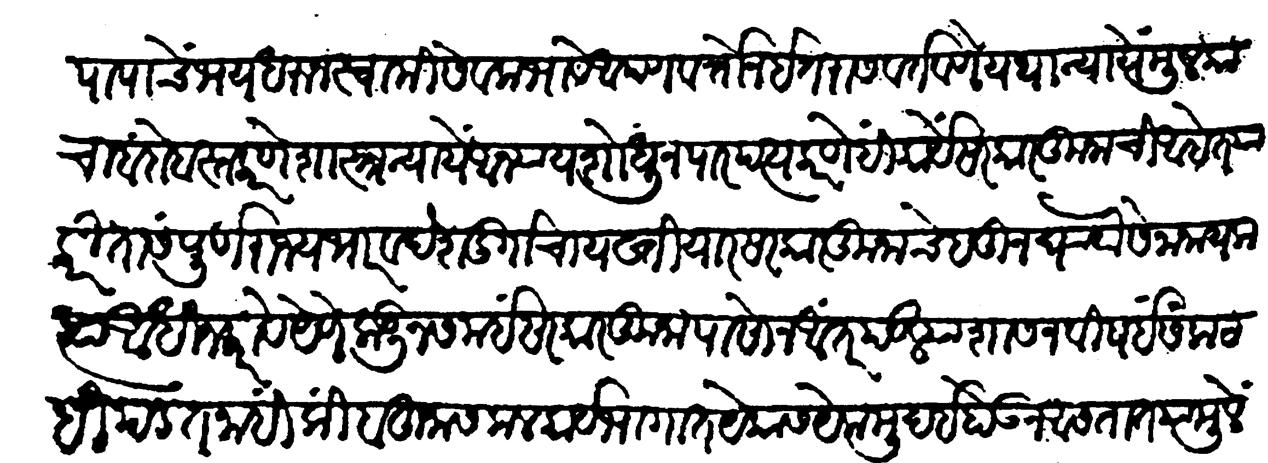
Transliteration (Devanagari): पापाचे भय धरून स्वामिसेवकभावें वर्तोन इतरांस वर्तवणें यथान्यायें मुलकाचा बंदोबस्त करणें शास्त्रन्यायें अन्याय शोधून पारिपत्य करणें हीं कार्ये सरकारतुनालीं आहेत याकरितां संपूर्ण राज्यभार व देशदुर्गाचा यख्तियार सरकारकुनाचे एतून घयावा सेनानायक त्याआधीन करावे येणेंकडून समयीं सरकारकुनापासोन अंतर पडल्या शासनाविषयीं संकटहि पडत नाहीं किंबहुना सकल कार्यभागांत येकास येक मुदई होऊन असतात यामुळे